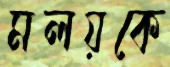
মলয়কে